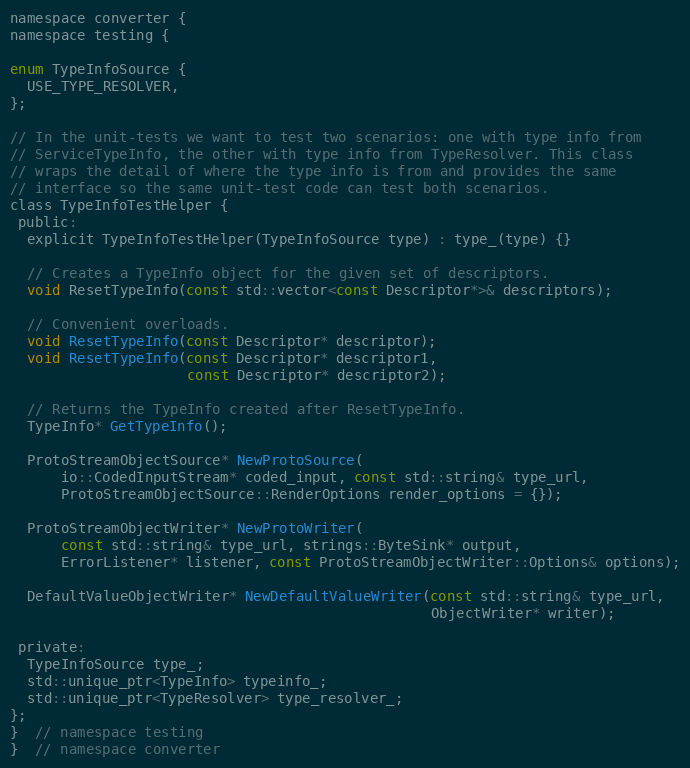
Language: C
namespace converter {
namespace testing {

enum TypeInfoSource {
  USE_TYPE_RESOLVER,
};

// In the unit-tests we want to test two scenarios: one with type info from
// ServiceTypeInfo, the other with type info from TypeResolver. This class
// wraps the detail of where the type info is from and provides the same
// interface so the same unit-test code can test both scenarios.
class TypeInfoTestHelper {
 public:
  explicit TypeInfoTestHelper(TypeInfoSource type) : type_(type) {}

  // Creates a TypeInfo object for the given set of descriptors.
  void ResetTypeInfo(const std::vector<const Descriptor*>& descriptors);

  // Convenient overloads.
  void ResetTypeInfo(const Descriptor* descriptor);
  void ResetTypeInfo(const Descriptor* descriptor1,
                     const Descriptor* descriptor2);

  // Returns the TypeInfo created after ResetTypeInfo.
  TypeInfo* GetTypeInfo();

  ProtoStreamObjectSource* NewProtoSource(
      io::CodedInputStream* coded_input, const std::string& type_url,
      ProtoStreamObjectSource::RenderOptions render_options = {});

  ProtoStreamObjectWriter* NewProtoWriter(
      const std::string& type_url, strings::ByteSink* output,
      ErrorListener* listener, const ProtoStreamObjectWriter::Options& options);

  DefaultValueObjectWriter* NewDefaultValueWriter(const std::string& type_url,
                                                  ObjectWriter* writer);

 private:
  TypeInfoSource type_;
  std::unique_ptr<TypeInfo> typeinfo_;
  std::unique_ptr<TypeResolver> type_resolver_;
};
}  // namespace testing
}  // namespace converter